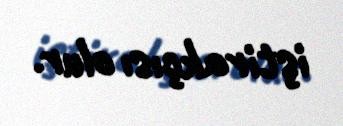
iştirakçısı olur.